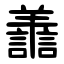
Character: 譱